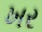
ખર